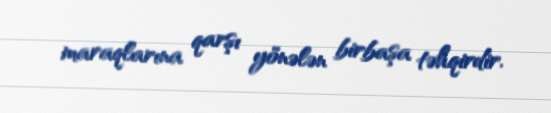
maraqlarına qarşı yönələn birbaşa təhqirdir.